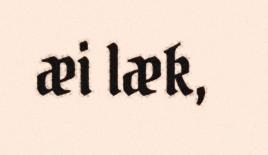
æi læk,